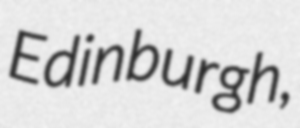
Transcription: Edinburgh,